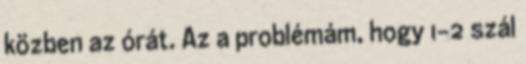
közben az órát. Az a problémám, hogy 1-2 szál